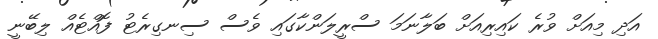
އަދި މިއަށް ވުރެ ކައިރިއަށް ބަލާނަމަ ސްރީލަންކާގައި ވެސް ސިނގިރެޓު ފޮއްޓެއް ލިބޭނީ